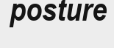
posture